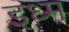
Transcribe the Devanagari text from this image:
इध्म